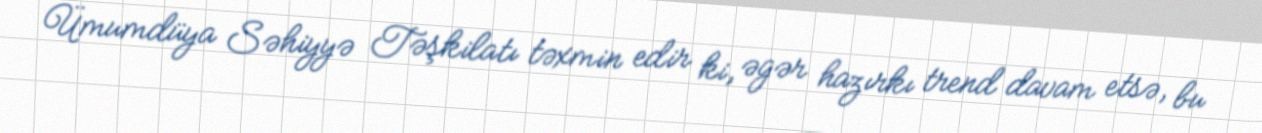
Ümumdüya Səhiyyə Təşkilatı təxmin edir ki, əgər hazırkı trend davam etsə, bu